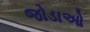
જોડાઓ